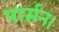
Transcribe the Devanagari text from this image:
पार्सन।